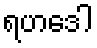
ရဟဒေါ